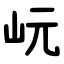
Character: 岏